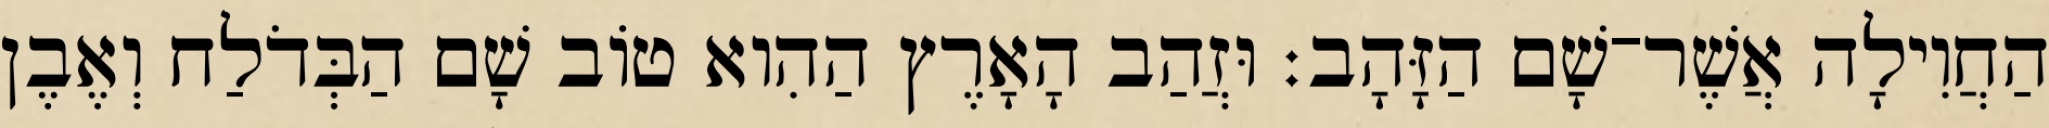
הַחֲוִילָה אֲשֶׁר־שָׁם הַזָּהָב׃ וּזֲהַב הָאָרֶץ הַהִוא טֹוב שָׁם הַבְּדֹלַח וְאֶבֶן